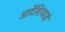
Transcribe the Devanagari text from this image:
आर्टेशियाई